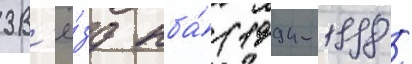
зв'ё́зд нба́ (1994-1998 /